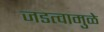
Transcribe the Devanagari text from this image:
जडत्वामुळे